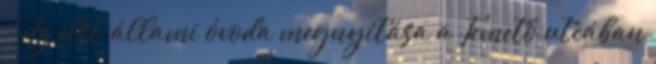
– Az első állami óvoda megnyitása a Temető utcában